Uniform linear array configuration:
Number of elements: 4
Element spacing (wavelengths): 0.75
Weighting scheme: blackman
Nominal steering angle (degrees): -45
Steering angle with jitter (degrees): -45.07
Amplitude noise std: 0.05
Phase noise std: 0.05

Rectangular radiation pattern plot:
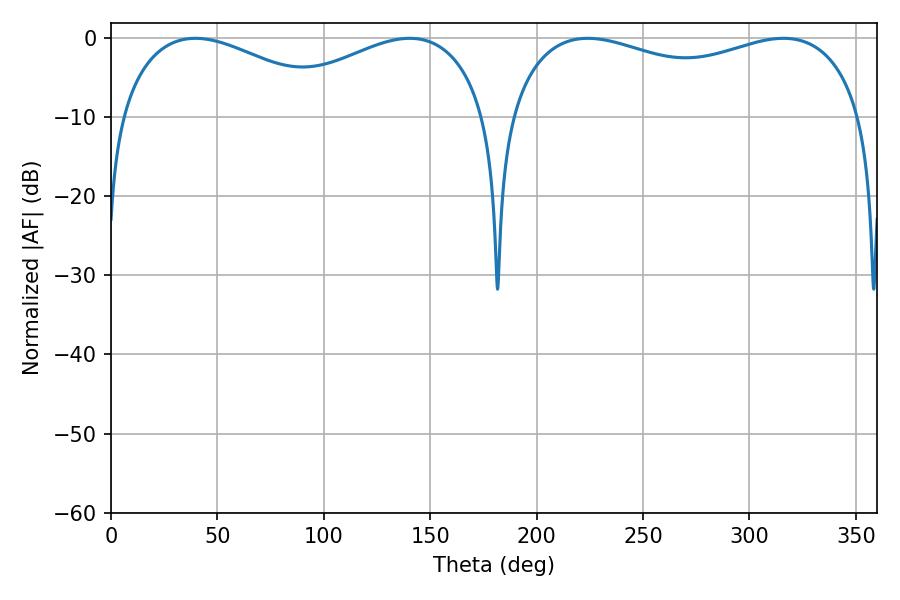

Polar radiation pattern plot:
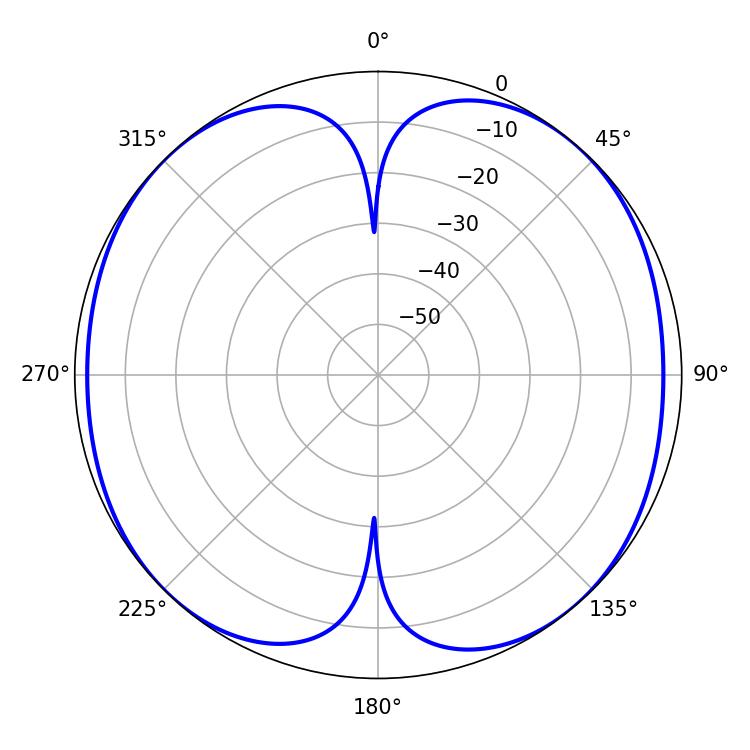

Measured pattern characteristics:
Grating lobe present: TRUE
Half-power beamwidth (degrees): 58.5
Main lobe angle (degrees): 39.6